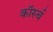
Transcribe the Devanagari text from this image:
कॉर्स्च